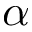
\alpha